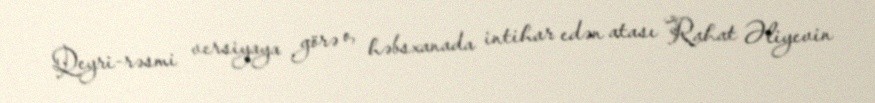
Qeyri-rəsmi versiyaya görə o, həbsxanada intihar edən atası Rahat Əliyevin